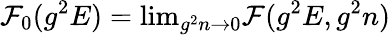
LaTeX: \mathcal{F}_{0}(g^{2}E)=\mathrm{{lim}}_{g^{2}n\to0}\mathcal{F}(g^{2}E,g^{2}n)